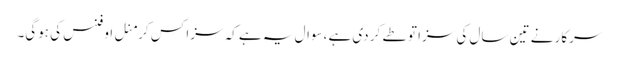
سرکار نے تین سال کی سزا تو طے کر دی ہے ،سوال یہ ہے کہ سزا کس کرمنل اوفنس کی ہوگی۔